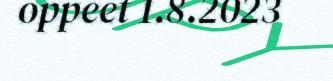
oppeet 1.8.2023